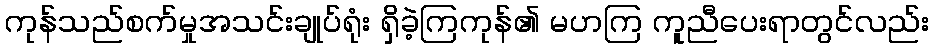
ကုန်သည်စက်မှုအသင်းချုပ်ရုံး ရှိခဲ့ကြကုန်၏ မဟကြ ကူညီပေးရာတွင်လည်း